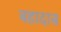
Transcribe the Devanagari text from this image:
बहादास